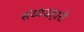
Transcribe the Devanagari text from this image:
संव्यवहारों